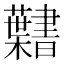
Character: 𮓎